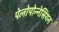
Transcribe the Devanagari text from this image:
पेलोपोन्नेसिंयन